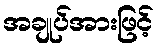
အချုပ်အားဖြင့်